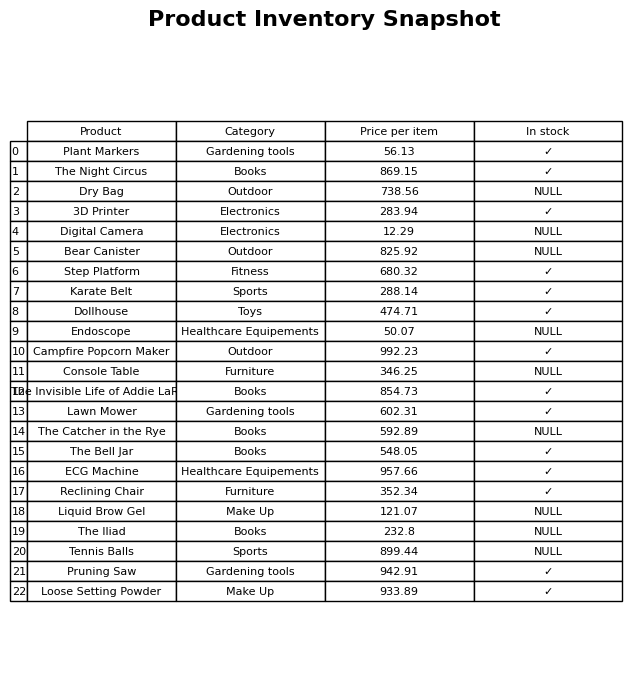
question: Is the Console Table in stock?
answer: NULL